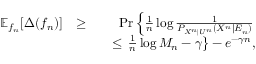
\begin{array} { r l r } { { \mathbb { E } _ { f _ { n } } [ \Delta ( f _ { n } ) ] } } & { \ge } & { \operatorname* { P r } \left\{ \frac { 1 } { n } \log \frac { 1 } { P _ { X ^ { n } | U ^ { n } } ( X ^ { n } | E _ { n } ) } \right. } \\ & { } & { \quad \le \left. \frac { 1 } { n } \log M _ { n } - \gamma \right\} - e ^ { - \gamma n } , } \end{array}